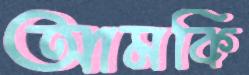
আমকি